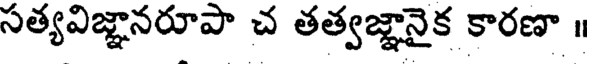
సత్యవిజ్ఞానరూపా చ తత్వజ్ఞానైక కారణా ॥